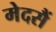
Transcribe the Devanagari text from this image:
मेदसैं